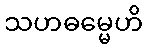
သဟဓမ္မေဟိ